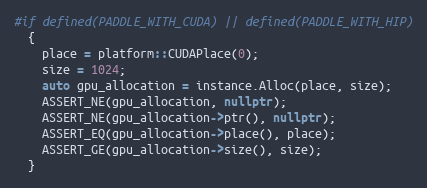
Language: C++
#if defined(PADDLE_WITH_CUDA) || defined(PADDLE_WITH_HIP)
  {
    place = platform::CUDAPlace(0);
    size = 1024;
    auto gpu_allocation = instance.Alloc(place, size);
    ASSERT_NE(gpu_allocation, nullptr);
    ASSERT_NE(gpu_allocation->ptr(), nullptr);
    ASSERT_EQ(gpu_allocation->place(), place);
    ASSERT_GE(gpu_allocation->size(), size);
  }